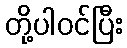
တို့ပါဝင်ပြီး